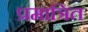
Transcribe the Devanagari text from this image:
प्रमात्रित